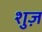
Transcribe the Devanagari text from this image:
शुज़